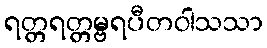
ရတ္တရတ္တမ္ဗရပီတဝါသသာ